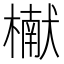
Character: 𬄬